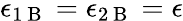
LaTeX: \epsilon_{1\mathrm{~B~}}=\epsilon_{2\mathrm{~B~}}=\epsilon